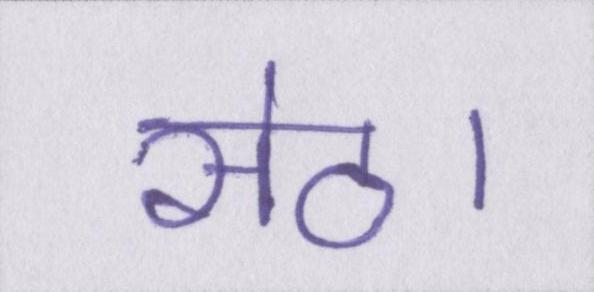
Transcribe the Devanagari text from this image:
सेठ।